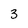
Character: 3